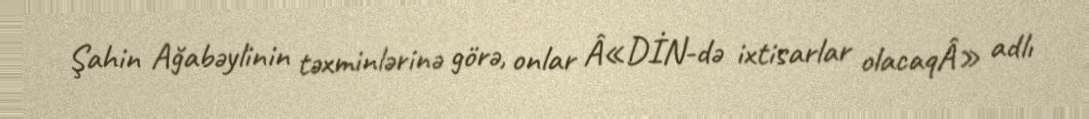
Şahin Ağabəylinin təxminlərinə görə, onlar Â«DİN-də ixtisarlar olacaqÂ» adlı